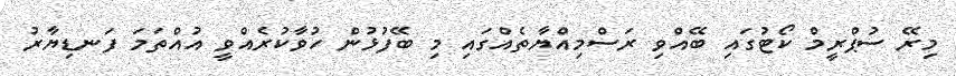
މިރޭ ސުޕްރީމް ކޯޓުގައި ބޭއްވި ރަސްމިއްޔާތެއްގައި މި ބޭފުޅުން ހުވާކުރެއްވީ އުއްތަމަ ފަނޑިޔާރު